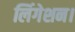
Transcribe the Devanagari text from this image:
लिंगेशन।